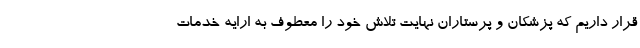
قرار داریم که پزشکان و پرستاران نهایت تلاش خود را معطوف به ارایه خدمات